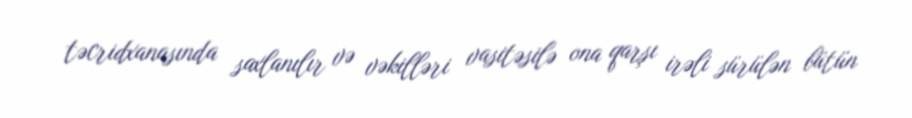
təcridxanasında saxlanılır və vəkilləri vasitəsilə ona qarşı irəli sürülən bütün